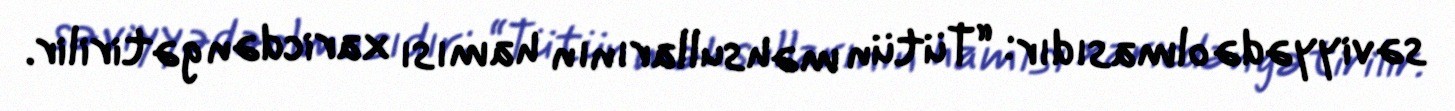
səviyyədə olmasıdır: “Tütün məhsullarının hamısı xaricdən gətirilir.